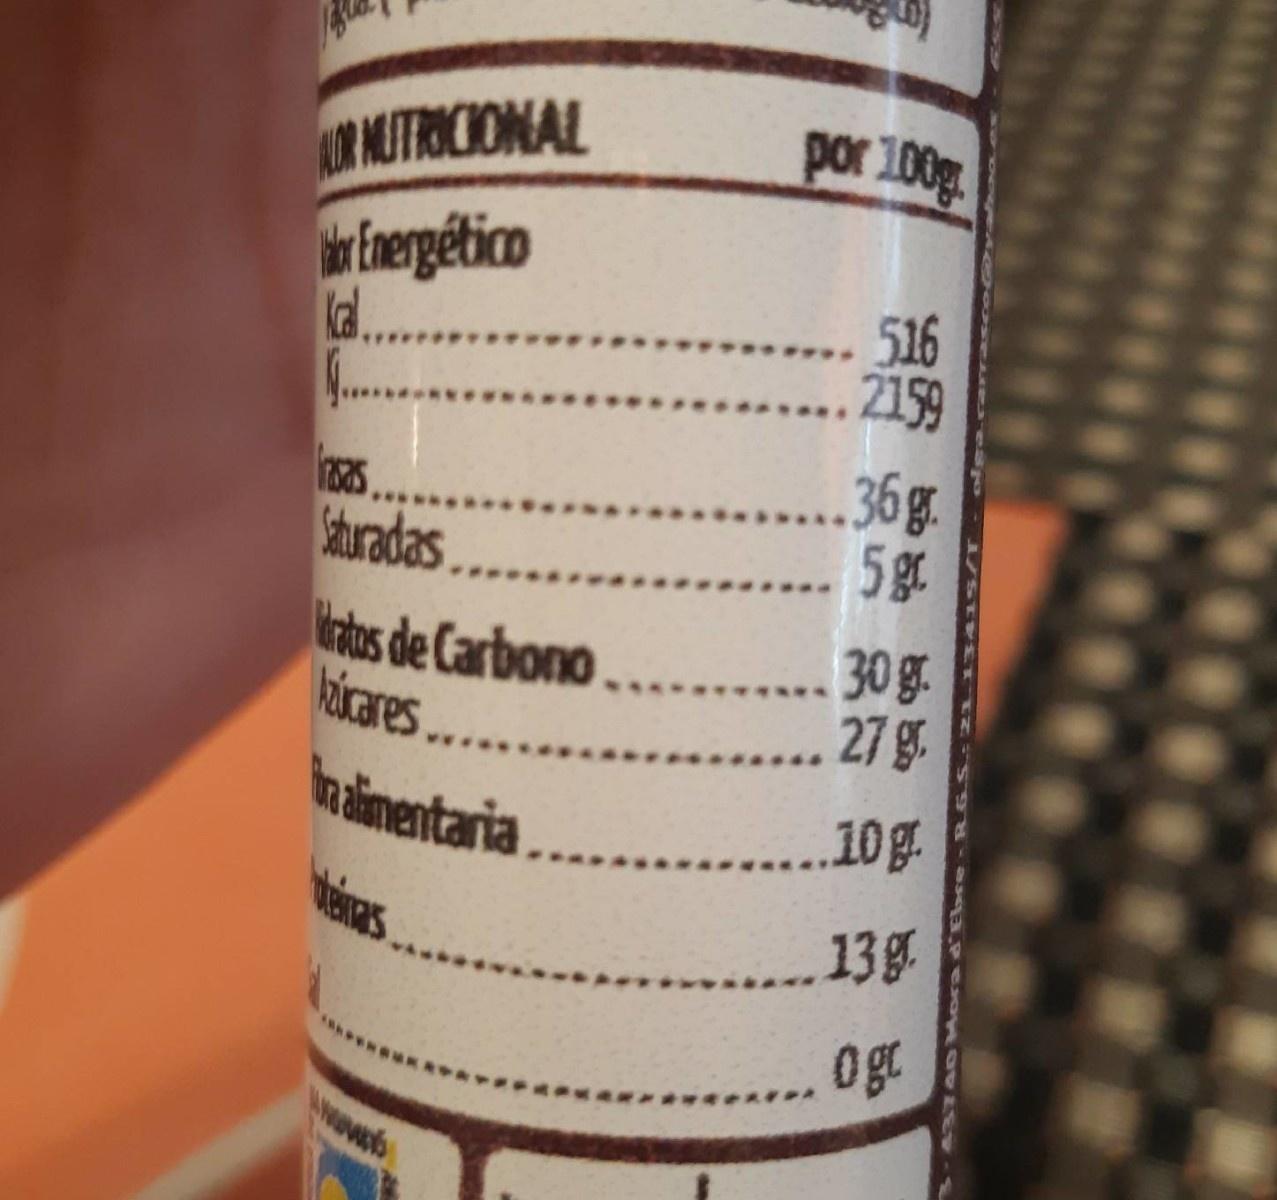
AIR MUTRICIONAL rEnergético ld...
por 100g
-516 .. 2159
36g. 5g
sturadas atos de Carbono. kicares... halimentaria
..... 30 g. 27 g.
..... . 10g.
138
ogt
wwwpb
Ebre-R GS-21
1/ST1